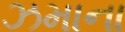
ઝમાના